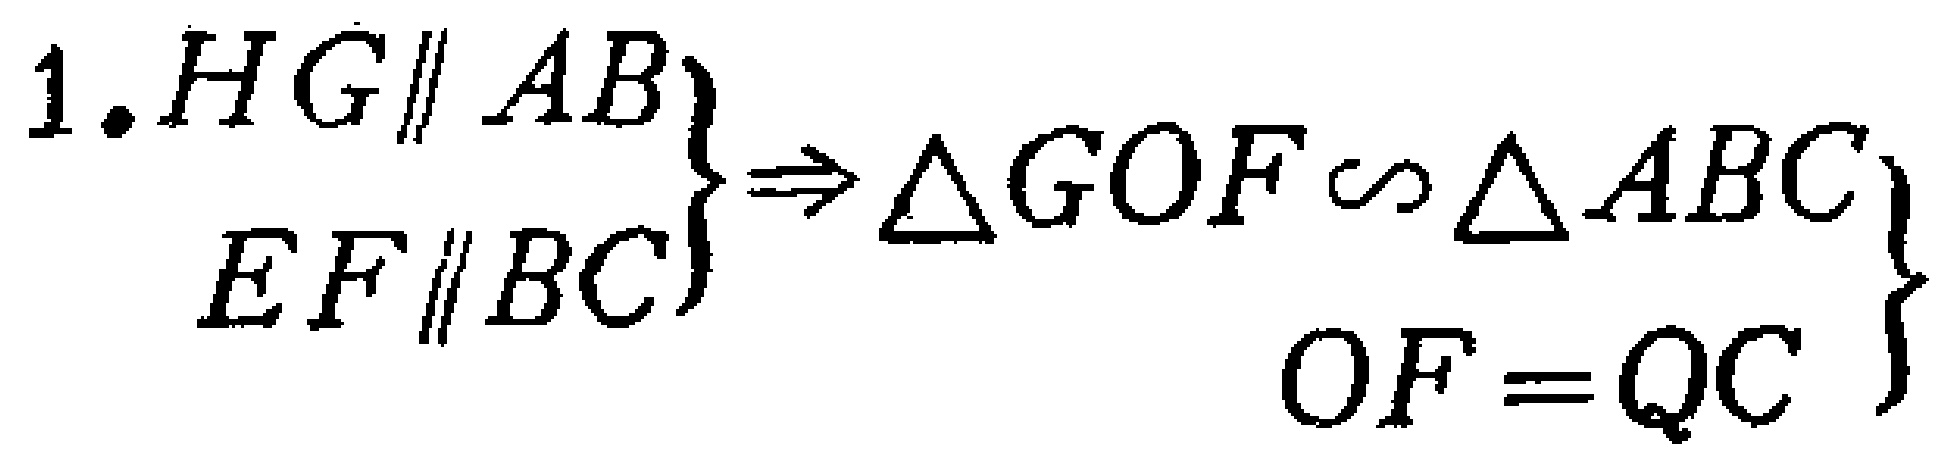
1. \(\left.\begin{array}{l}HG\parallel AB\\EF\parallel BC\end{array}\right\}\Rightarrow\left.\begin{array}{l}\triangle GOF\sim\triangle ABC\\OF = QC\end{array}\right\}\)